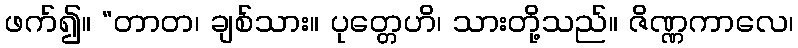
ဖက်၍။ “တာတ၊ ချစ်သား။ ပုတ္တေဟိ၊ သားတို့သည်။ ဇိဏ္ဏကာလေ၊